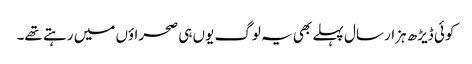
کوئی ڈیڑھ ہزار سال پہلے بھی یہ لوگ یوں ہی صحراؤں میں رہتے تھے۔